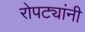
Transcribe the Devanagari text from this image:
रोपट्यांनी